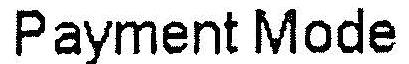
PAYMENT MODE